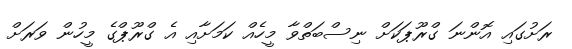
ރަށުގައި އޮންނަ ގްރޫޕަކަށް ނިސްބަތްވާ މީހެއް ކަމަށާއި އެ ގްރޫޕްގެ މީހުން ވަރަށް